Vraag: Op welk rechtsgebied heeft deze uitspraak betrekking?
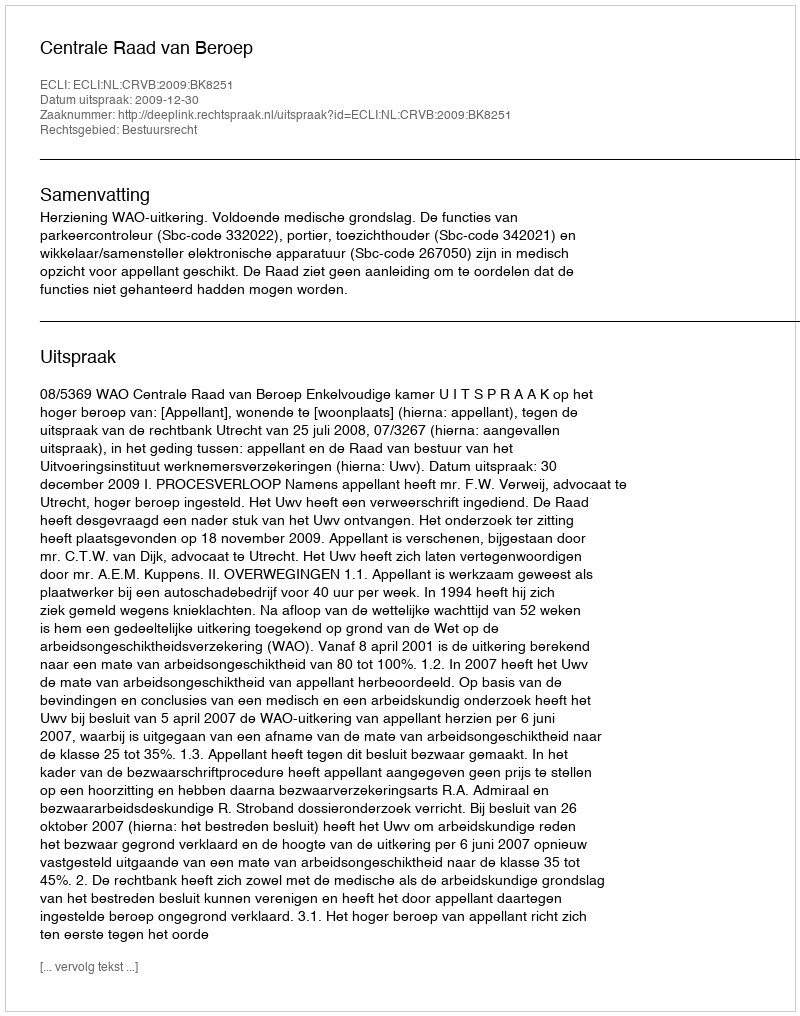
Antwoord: Bestuursrecht